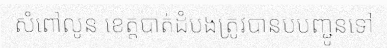
សំពៅលូន ខេត្តបាត់ដំបងត្រូវបានបបញ្ជូនទៅ